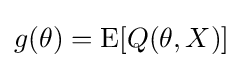
{\textstyle g(\theta )=\operatorname {E} [Q(\theta ,X)]}